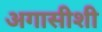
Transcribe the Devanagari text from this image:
अगासीशी